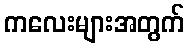
ကလေးများအတွက်